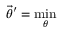
\vec { \theta } ^ { \prime } = \mathop { \operatorname* { m i n } } _ { \theta }